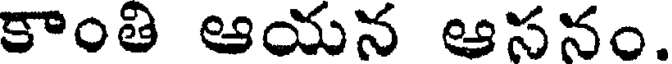
కాంతి ఆయన ఆసనం.